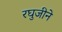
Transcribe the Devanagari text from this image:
रघुजीने